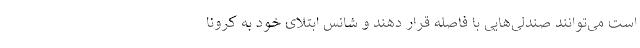
است می‌توانند صندلی‌هایی با فاصله قرار دهند و شانس ابتلای خود به کرونا